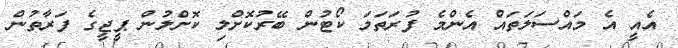
އެއީ އެ މައްސަލަތައް އެންމެ ފުރަތަމަ ކޯޓުން ބޭރުކޮށްލި ކޮށްލުން ޕީޖީގެ ފަރާތުން